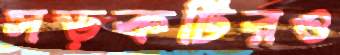
সড়কটিরও